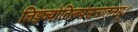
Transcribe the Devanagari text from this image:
लिङ्गंज्योतिरूपंसनातनम्।